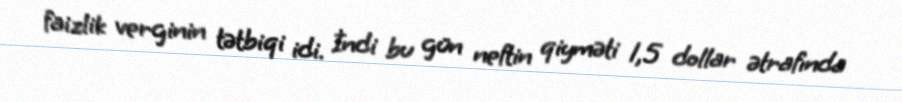
faizlik verginin tətbiqi idi. İndi bu gün neftin qiyməti 1,5 dollar ətrafında